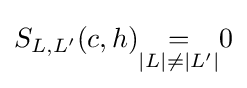
S_{L,L'}(c,h){\underset {|L|\neq |L'|}{=}}0